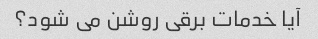
آیا خدمات برقی روشن می شود؟